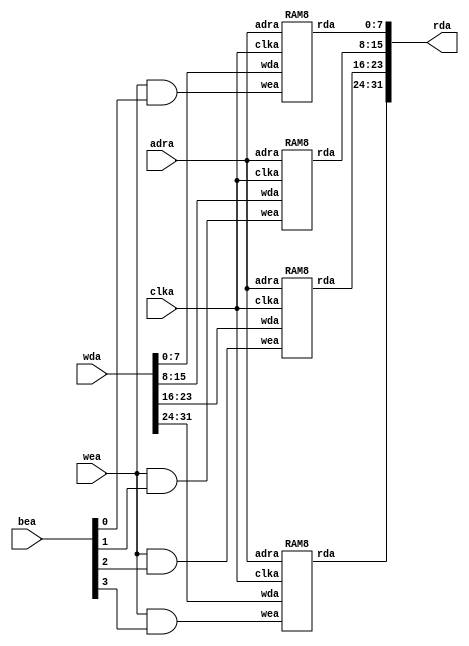
//////////////////////////////////////////////////////////////////////////////////
//
// Description: 128 KB memory block in BRAM
//
//
//
/////////////////////////////////////////////////////////////////////////////////
// 
// Copyright (C) 2021 Magnus Karlsson
// 
// This source file may be used and distributed without 
// restriction provided that this copyright statement is not 
// removed from the file and that any derivative work contains 
// the original copyright notice and the associated disclaimer.
// 
// This source file is free software; you can redistribute it 
// and/or modify it under the terms of the GNU Lesser General 
// Public License as published by the Free Software Foundation;
// either version 2.1 of the License, or (at your option) any 
// later version. 
// 
// This source is distributed in the hope that it will be 
// useful, but WITHOUT ANY WARRANTY; without even the implied 
// warranty of MERCHANTABILITY or FITNESS FOR A PARTICULAR 
// PURPOSE. See the GNU Lesser General Public License for more 
// details. 
// 
// You should have received a copy of the GNU Lesser General 
// Public License along with this source; if not, download it 
// from https://www.gnu.org/licenses/old-licenses/lgpl-2.1.en.html
// 
///////////////////////////////////////////////////////////////////////////////////

module BRAM (
  input clka,
  input [14:0] adra,
  input [3:0] bea,
  input wea,
  input [31:0] wda,
  output [31:0] rda);
  
  wire [7:0] rda_0, rda_1, rda_2, rda_3;

  RAM8 ram8_0(.clka(clka), .adra(adra), .wea(wea & bea[0]),
  .wda(wda[7:0]), .rda(rda_0));

  RAM8 ram8_1(.clka(clka), .adra(adra), .wea(wea & bea[1]),
  .wda(wda[15:8]), .rda(rda_1));

  RAM8 ram8_2(.clka(clka), .adra(adra), .wea(wea & bea[2]),
  .wda(wda[23:16]), .rda(rda_2));

  RAM8 ram8_3(.clka(clka), .adra(adra), .wea(wea & bea[3]),
  .wda(wda[31:24]), .rda(rda_3));

  assign rda = {rda_3, rda_2, rda_1, rda_0};

endmodule


module RAM8 (
  input clka,
  input [14:0] adra,
  input wea,
  input [7:0] wda,
  output reg [7:0] rda);

  reg [7:0] ram [24575:0];

  always @(posedge clka) begin
    rda <= ram[adra];
    if(wea) begin
      rda <= wda;
      ram[adra] <= wda;
    end
  end
 
endmodule